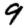
Digit: 9